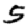
Digit: 5